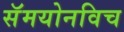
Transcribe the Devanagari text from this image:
सॅमयोनविच